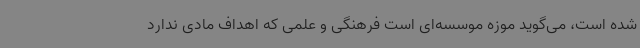
شده است، می‌گوید موزه موسسه‌ای است فرهنگی و علمی که اهداف مادی ندارد